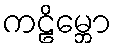
ကဠိမ္ဘော